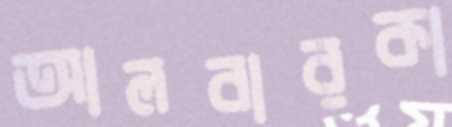
আলবারকা